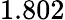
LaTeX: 1.802